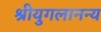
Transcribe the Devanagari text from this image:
श्रीयुगलानन्य